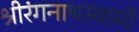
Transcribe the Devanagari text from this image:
श्रीरंगनाथस्वामी